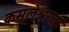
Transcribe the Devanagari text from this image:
कमलेश्वरजी